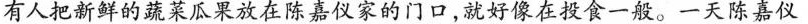
有人把新鲜的蔬菜瓜果放在仪家的门口，就好像在投食一般。一天陈嘉仪